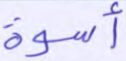
أسوة